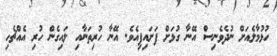
ހުޅުމާލެއަށް ނުދެވެނިސް އޭނާ ގުޅަށް ފަށައިފިއެވެ. އޭނާ ހުރިތަނާއި ލައިގެން ހުރި އެއްޗެހި